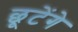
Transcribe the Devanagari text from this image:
छूटेंगे